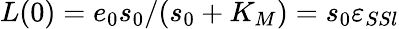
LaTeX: L(0)=e_{0}s_{0}/(s_{0}+K_{M})=s_{0}\varepsilon_{SSl}